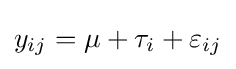
y_{ij}=\mu +\tau _{i}+\varepsilon _{ij}